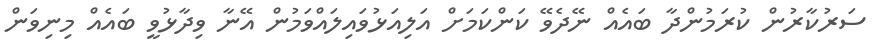
ސަރުކާރުން ކުރަމުންދާ ބައެއް ނޭދެވޭ ކަންކަމަށް އަލިއަޅުވައިލައްވަމުން އޭނާ ވިދާޅުވީ ބައެއް މިނިވަން